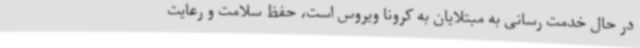
در حال خدمت رسانی به مبتلایان به کرونا ویروس است، حفظ سلامت و رعایت